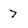
Character: 7